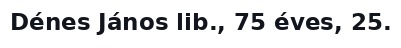
Dénes János lib., 75 éves, 25.